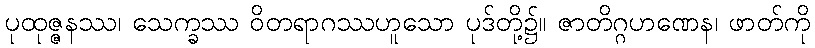
ပုထုဇ္ဇနဿ၊ သေက္ခဿ ဝိတရာဂဿဟူသော ပုဒ်တို့၌။ ဇာတိဂ္ဂဟဏေန၊ ဖာတ်ကို